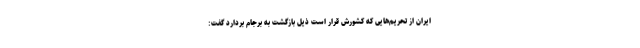
ایران از تحریم‌هایی که کشورش قرار است ذیل بازگشت به برجام بردارد گفت: